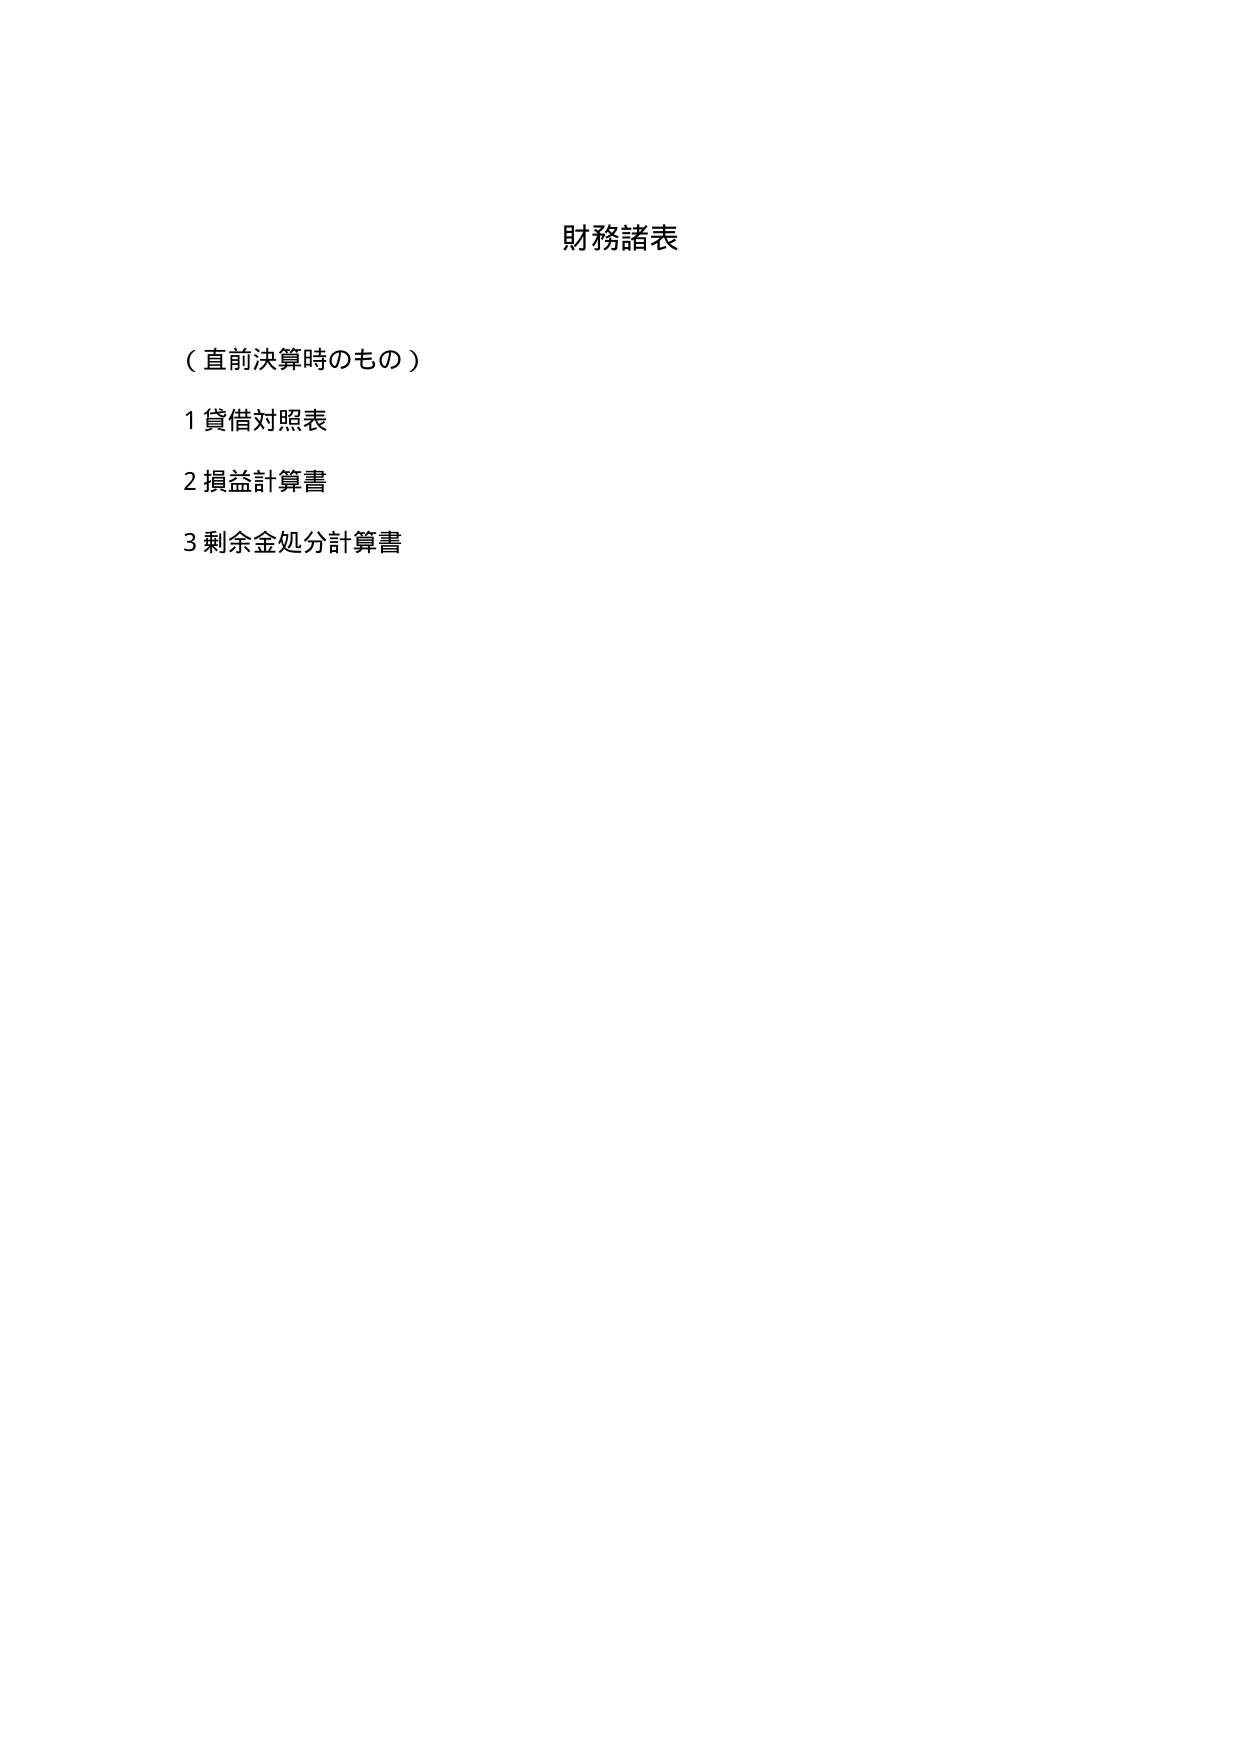
財務諸表

（直前決算時のもの）

1 貸借対照表

2 損益計算書

3 剰余金処分計算書